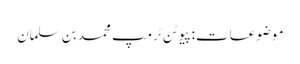
موضوعات:پیوٹن ٹرمپ محمد بن سلمان